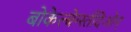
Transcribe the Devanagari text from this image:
बोकेल्बेर्ग्स्तदिओन्